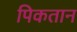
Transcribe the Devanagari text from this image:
पिकतान